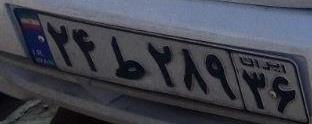
۲۴ط۲۸۹۳۶